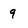
Character: 9